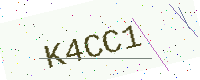
Text: K4CC1